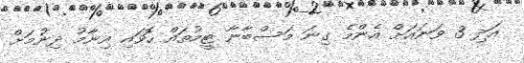
އަދި 3 ވަނައަށް އެންމެ ގިނަ މަސްބާނާ ޓީމުތައް ހޮވައި އިނާމު ދިނުމަށް